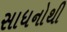
સાધનોથી